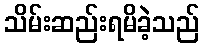
သိမ်းဆည်းရမိခဲ့သည်